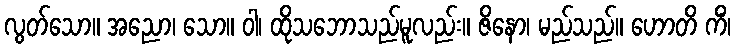
လွတ်သော။ အညော၊ သော။ ဝါ၊ ထိုသဘောသည်မူလည်း။ ဇိနော၊ မည်သည်။ ဟောတိ ကိံ၊